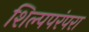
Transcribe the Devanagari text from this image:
शिल्पपरंपरा